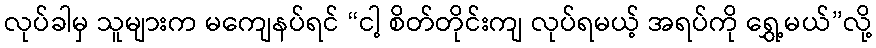
လုပ်ခါမှ သူများက မကျေနပ်ရင် “ငါ့ စိတ်တိုင်းကျ လုပ်ရမယ့် အရပ်ကို ရွှေ့မယ်”လို့